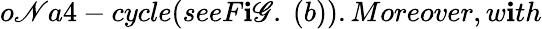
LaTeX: o\mathscr{N}a4-cycle(seeF\mathbf{i}\mathscr{G}.~(b)).Moreover,w\mathbf{i}th